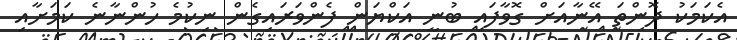
އެކަމަކު ދޮންތަ އޭނާއަށް ގޮވާފައި ބުނީ އަކްޔަން ފެންވަރައިގެން ނިކުމެ ހުންނާނެ ކަމަށާއި